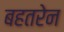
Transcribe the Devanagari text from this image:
बहतरेन